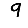
Digit: 9